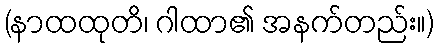
(နာထထုတိ၊ ဂါထာ၏ အနက်တည်း။)